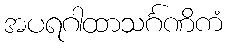
အပရဂါထာသင်္ဂဏိကံ